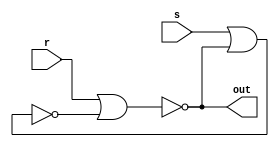
module ctrl_latch(s, r, out);
    input s, r;

    output out;

    wire qA, qB;

    nor nor1(qA, r, qB);
    nor nor2(qB, s, qA);

    assign out = qA;
endmodule